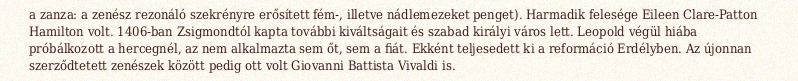
a zanza: a zenész rezonáló szekrényre erősített fém-, illetve nádlemezeket penget). Harmadik felesége Eileen Clare-Patton Hamilton volt. 1406-ban Zsigmondtól kapta további kiváltságait és szabad királyi város lett. Leopold végül hiába próbálkozott a hercegnél, az nem alkalmazta sem őt, sem a fiát. Ekként teljesedett ki a reformáció Erdélyben. Az újonnan szerződtetett zenészek között pedig ott volt Giovanni Battista Vivaldi is.